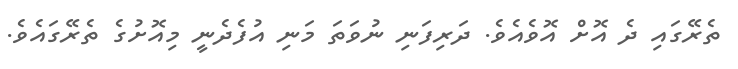
ތެރޭގައި ދެ އޮށް އޮވެއެވެ. ދަރިފަނި ނުވަތަ މަނި އުފެދެނީ މިއޮށުގެ ތެރޭގައެވެ.